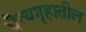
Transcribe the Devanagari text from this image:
चैत्यगृहातील